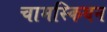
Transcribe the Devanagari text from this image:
चामस्कियन